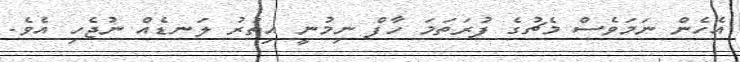
އެހެން ނަމަވެސް މެޗުގެ ފުރަތަމަ ހާފް ނިމުނީ އިތުރު ލަނޑެއް ނުޖެހި އެވެ.